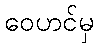
ဝေဟင်မှ